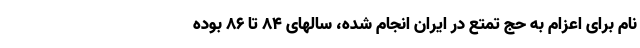
نام برای اعزام به حج تمتع در ایران انجام شده، سالهای ۸۴ تا ۸۶ بوده